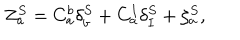
LaTeX: Z _ { a } ^ { S } = C _ { a } ^ { b } \delta _ { b } ^ { S } + C _ { a } ^ { I } \delta _ { I } ^ { S } + \zeta _ { a } ^ { S } ,